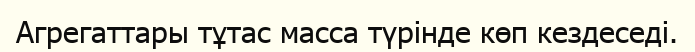
Агрегаттары тұтас масса түрінде көп кездеседі.